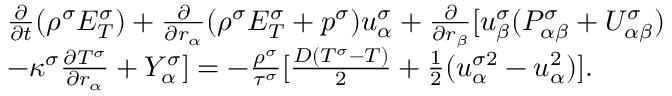
\begin{array} { r } { \begin{array} { r l } & { \frac { \partial } { \partial t } ( \rho ^ { \sigma } E _ { T } ^ { \sigma } ) + \frac { \partial } { \partial r _ { \alpha } } ( \rho ^ { \sigma } E _ { T } ^ { \sigma } + p ^ { \sigma } ) u _ { \alpha } ^ { \sigma } + \frac { \partial } { \partial r _ { \beta } } [ u _ { \beta } ^ { \sigma } ( P _ { \alpha \beta } ^ { \sigma } + U _ { \alpha \beta } ^ { \sigma } ) } \\ & { - \kappa ^ { \sigma } \frac { \partial T ^ { \sigma } } { \partial r _ { \alpha } } + Y _ { \alpha } ^ { \sigma } ] = - \frac { \rho ^ { \sigma } } { \tau ^ { \sigma } } [ \frac { D ( T ^ { \sigma } - T ) } { 2 } + \frac { 1 } { 2 } ( u _ { \alpha } ^ { \sigma 2 } - u _ { \alpha } ^ { 2 } ) ] . } \end{array} } \end{array}